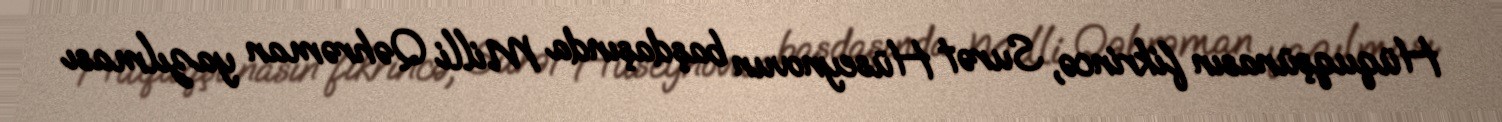
Hüquqşünasın fikrincə, Surət Hüseynovun başdaşında Milli Qəhrəman yazılması